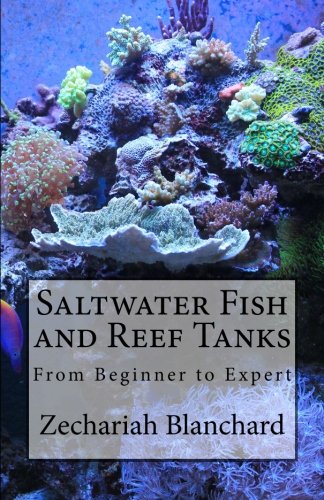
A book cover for Saltwater Fish and Reef Tanks: From Beginner to Expert; Zechariah James Blanchard; Crafts, Hobbies & Home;